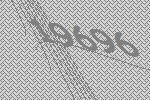
19696